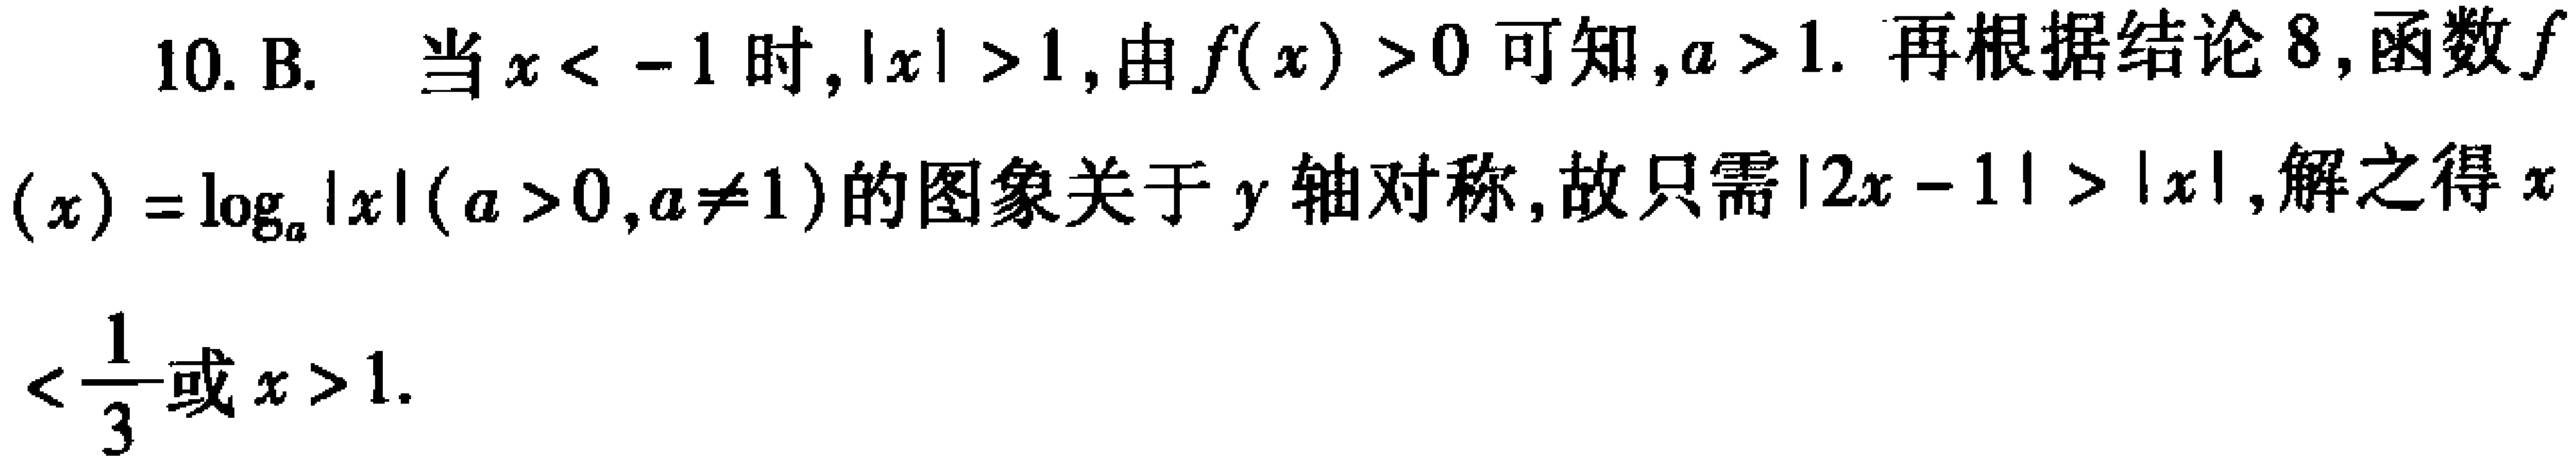
10. B. 当\(x < -1\)时, \(|x| > 1\), 由\(f(x)>0\)可知, \(a > 1\). 再根据结论8,函数\(f(x)=\log_{a}|x|(a > 0,a\neq1)\)的图象关于\(y\)轴对称, 故只需\(|2x - 1| > |x|\), 解之得\(x<\frac{1}{3}\)或\(x > 1\).